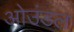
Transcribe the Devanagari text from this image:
ओउंडल